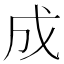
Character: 成